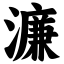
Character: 濂